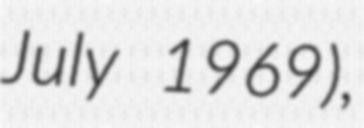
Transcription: July 1969),